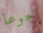
جوعا